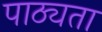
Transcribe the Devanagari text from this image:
पाठ्यता